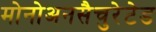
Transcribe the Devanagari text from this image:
मोनोअनसैचुरेटेड